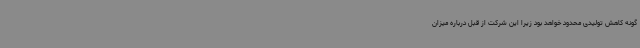
گونه کاهش تولیدی محدود خواهد بود زیرا این شرکت از قبل درباره میزان